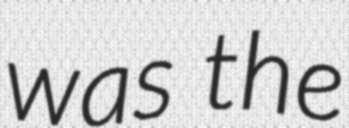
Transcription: was the